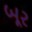
બૂર